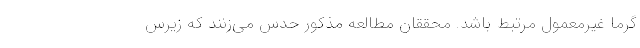
گرما غیرمعمول مرتبط باشد. محققان مطالعه مذکور حدس می‌زنند که زیرس